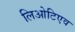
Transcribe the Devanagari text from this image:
लिओटिएव